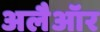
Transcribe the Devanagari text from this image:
अलैऑर